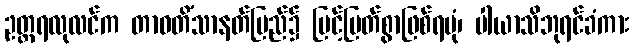
ဥတ္တရလုလင်က တာဝတိံသာနတ်ပြည်၌ မြင့်မြတ်စွာဖြစ်ရပုံ၊ ပါယာသိဘုရင်ခံကား